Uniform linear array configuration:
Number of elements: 48
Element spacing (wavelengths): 0.25
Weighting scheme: uniform
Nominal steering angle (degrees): -45
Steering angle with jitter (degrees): -43.852
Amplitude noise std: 0.05
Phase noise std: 0.05

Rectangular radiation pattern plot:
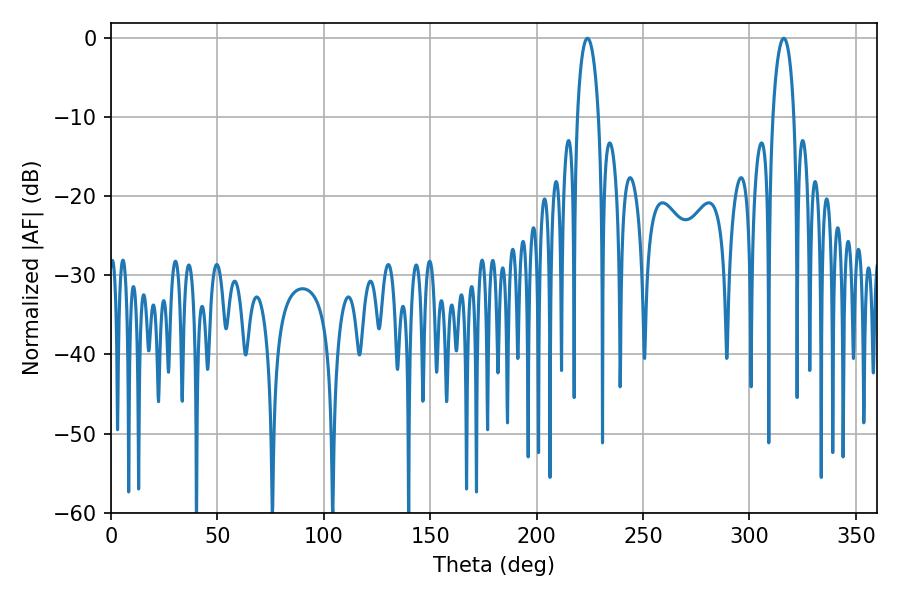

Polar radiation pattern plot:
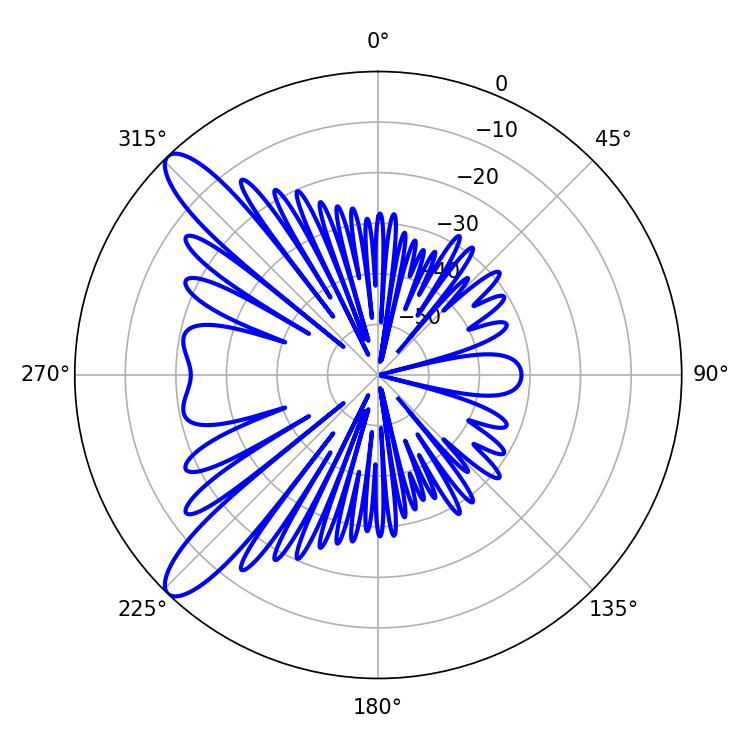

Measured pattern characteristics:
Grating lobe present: FALSE
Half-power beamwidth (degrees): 5.76
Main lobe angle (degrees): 223.92